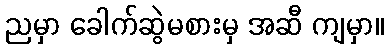
ညမှာ ခေါက်ဆွဲမစားမှ အဆီ ကျမှာ။